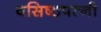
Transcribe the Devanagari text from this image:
वसिष्ठपत्नी